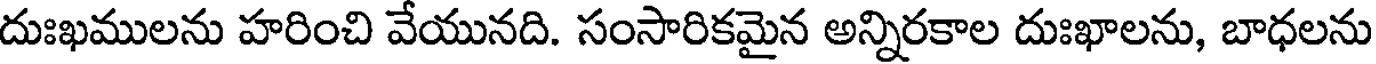
దుఃఖములను హరించి వేయునది. సంసారికమైన అన్నిరకాల దుఃఖాలను, బాధలను